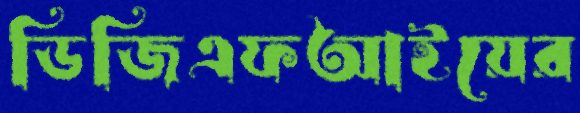
ডিজিএফআইয়ের